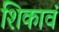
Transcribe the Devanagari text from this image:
शिकावं